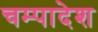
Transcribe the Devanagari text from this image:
चम्पादेश